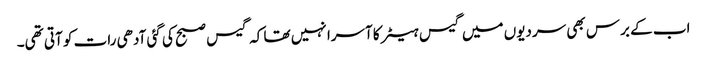
اب کے برس بھی سردیوں میں گیس ہیٹر کا آسرا نہیں تھا کہ گیس صبح کی گئی آدھی رات کو آتی تھی۔